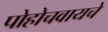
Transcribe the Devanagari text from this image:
पोहोचवायचे